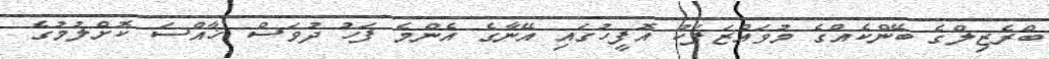
ބްރެޒިލްގެ ބޭންކެއްގެ މުވައްޒަފަކު އޮފީހުގައި އޭނާގެ އެންމެ ފަހު ދުވަސް ޚާއްސަ ކޮށްލުމުގެ